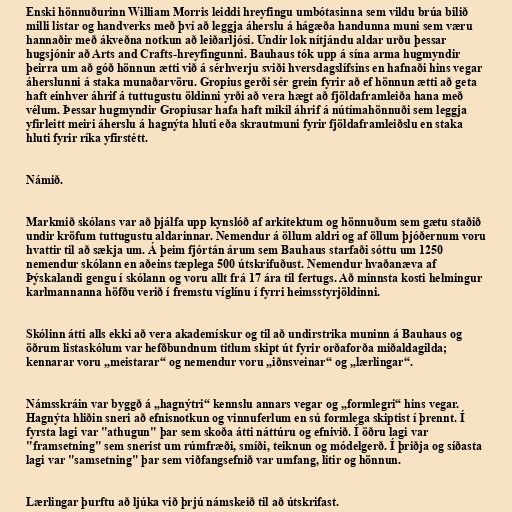
Enski hönnuðurinn William Morris leiddi hreyfingu umbótasinna sem vildu brúa bilið
milli listar og handverks með því að leggja áherslu á hágæða handunna muni sem væru
hannaðir með ákveðna notkun að leiðarljósi. Undir lok nítjándu aldar urðu þessar
hugsjónir að Arts and Crafts-hreyfingunni. Bauhaus tók upp á sína arma hugmyndir
þeirra um að góð hönnun ætti við á sérhverju sviði hversdagslífsins en hafnaði hins vegar
áherslunni á staka munaðarvöru. Gropius gerði sér grein fyrir að ef hönnun ætti að geta
haft einhver áhrif á tuttugustu öldinni yrði að vera hægt að fjöldaframleiða hana með
vélum. Þessar hugmyndir Gropiusar hafa haft mikil áhrif á nútímahönnuði sem leggja
yfirleitt meiri áherslu á hagnýta hluti eða skrautmuni fyrir fjöldaframleiðslu en staka
hluti fyrir ríka yfirstétt.

Námið.

Markmið skólans var að þjálfa upp kynslóð af arkitektum og hönnuðum sem gætu staðið
undir kröfum tuttugustu aldarinnar. Nemendur á öllum aldri og af öllum þjóðernum voru
hvattir til að sækja um. Á þeim fjórtán árum sem Bauhaus starfaði sóttu um 1250
nemendur skólann en aðeins tæplega 500 útskrifuðust. Nemendur hvaðanæva af
Þýskalandi gengu í skólann og voru allt frá 17 ára til fertugs. Að minnsta kosti helmingur
karlmannanna höfðu verið í fremstu víglínu í fyrri heimsstyrjöldinni.

Skólinn átti alls ekki að vera akademískur og til að undirstrika muninn á Bauhaus og
öðrum listaskólum var hefðbundnum titlum skipt út fyrir orðaforða miðaldagilda;
kennarar voru „meistarar“ og nemendur voru „iðnsveinar“ og „lærlingar“.

Námsskráin var byggð á „hagnýtri“ kennslu annars vegar og „formlegri“ hins vegar.
Hagnýta hliðin sneri að efnisnotkun og vinnuferlum en sú formlega skiptist í þrennt. Í
fyrsta lagi var "athugun" þar sem skoða átti náttúru og efnivið. Í öðru lagi var
"framsetning" sem snerist um rúmfræði, smíði, teiknun og módelgerð. Í þriðja og síðasta
lagi var "samsetning" þar sem viðfangsefnið var umfang, litir og hönnun.

Lærlingar þurftu að ljúka við þrjú námskeið til að útskrifast.